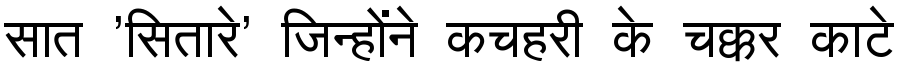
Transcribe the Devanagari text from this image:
सात 'सितारे' जिन्होंने कचहरी के चक्कर काटे